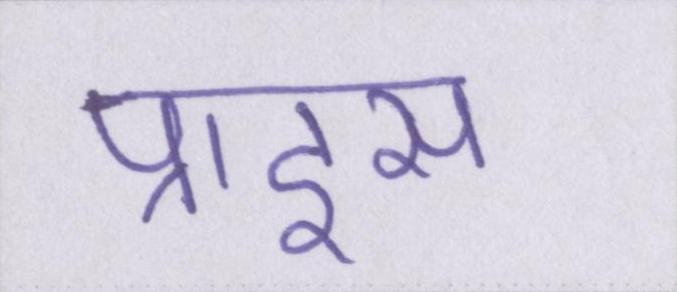
प्राइस